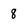
Character: 8